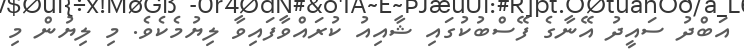
އަބްދު ސައީދު އޭނާގެ ފޭސްބުކުގައި ޝާއިއު ކުރައްވާފައިވާ ލިޔުމެކެވެ. މި ލިޔުން މި